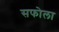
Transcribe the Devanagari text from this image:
सफोला